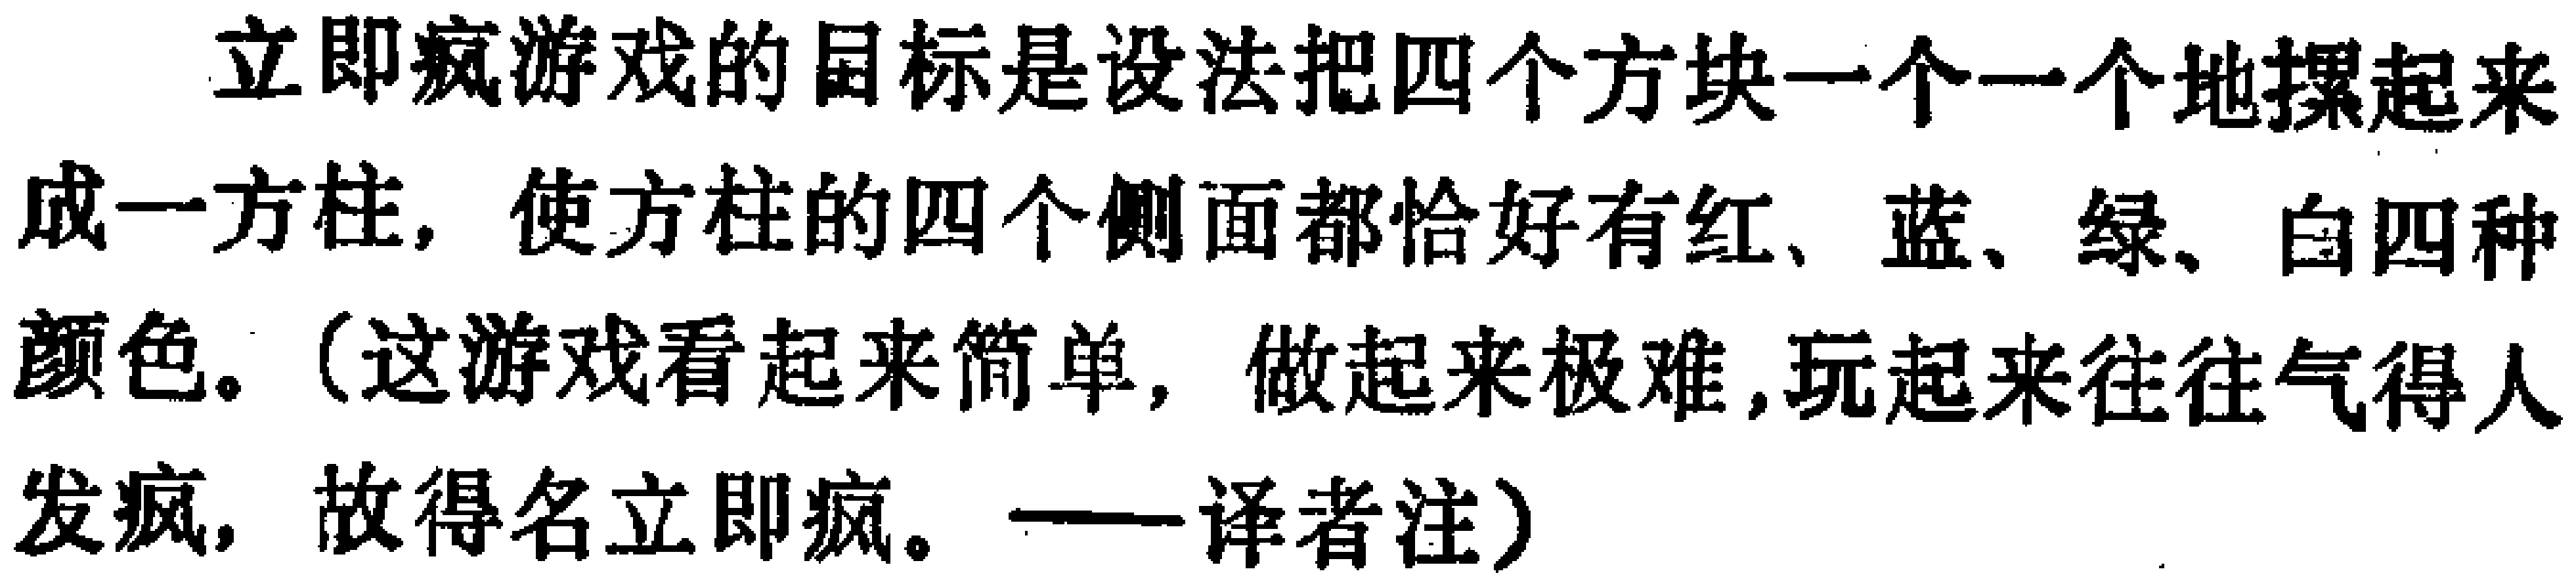
立即疯游戏的目标是设法把四个方块一个一个地摞起来成一方柱，使方柱的四个侧面都恰好有红、蓝、绿、白四种颜色。（这游戏看起来简单，做起来极难，玩起来往往气得人发疯，故得名立即疯。——译者注）